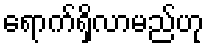
ရောက်ရှိလာမည်ဟု